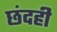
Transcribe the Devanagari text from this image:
छंदही